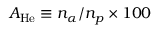
A _ { \mathrm { H e } } \equiv n _ { \alpha } / n _ { p } \times 1 0 0